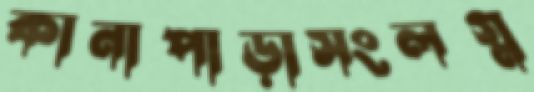
কানাপাড়াসংলগ্ন